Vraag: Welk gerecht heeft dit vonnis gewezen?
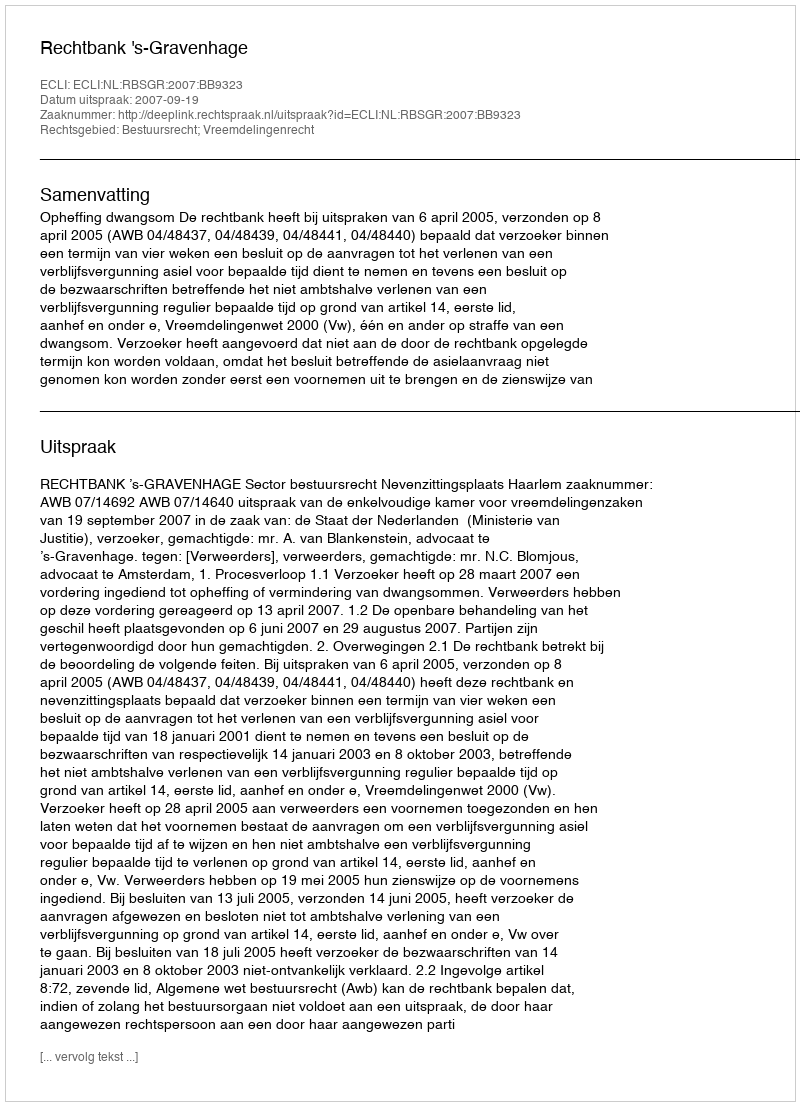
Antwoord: Rechtbank 's-Gravenhage